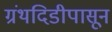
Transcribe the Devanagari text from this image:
ग्रंथदिडीपासून